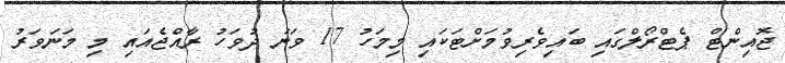
ޖޮއިންޓް ޕެޓްރޯލްގައި ބައިވެރިވުމަށްޓަކައި މިމަހު 17 ވަނަ ދުވަހު ރާއްޖެއައި މި މަނަވަރު